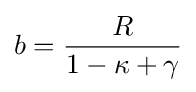
b={\frac {R}{1-\kappa +\gamma }}